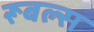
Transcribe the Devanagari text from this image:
रूबल्स